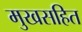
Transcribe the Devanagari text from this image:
मुखसहित